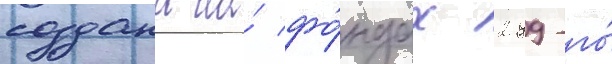
создана на́ фо́ндах 299-го́